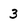
Character: 3